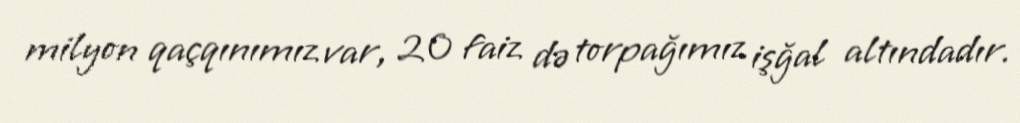
milyon qaçqınımız var, 20 faiz də torpağımız işğal altındadır.